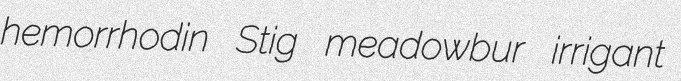
hemorrhodin Stig meadowbur irrigant